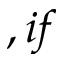
, i f